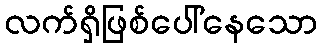
လက်ရှိဖြစ်ပေါ်နေသော